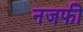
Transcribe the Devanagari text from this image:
नजफी